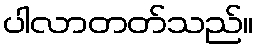
ပါလာတတ်သည်။